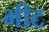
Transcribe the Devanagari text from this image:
भीट